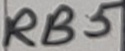
Text: RB5